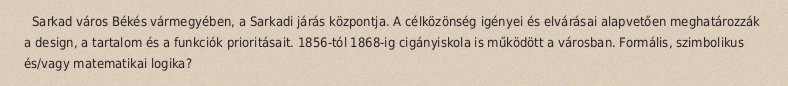
Sarkad város Békés vármegyében, a Sarkadi járás központja. A célközönség igényei és elvárásai alapvetően meghatározzák a design, a tartalom és a funkciók prioritásait. 1856-tól 1868-ig cigányiskola is működött a városban. Formális, szimbolikus és/vagy matematikai logika?